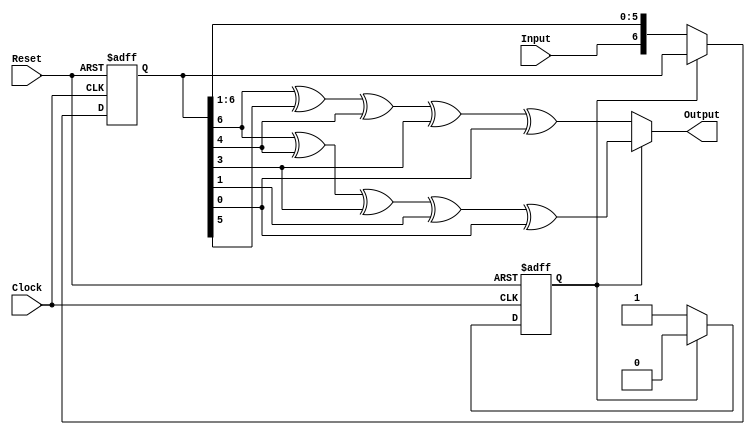
module encoder(Input, Reset, Clock, Output);

    input wire Input;
    input wire Reset;
    input wire Clock;
    output wire Output;

    parameter INITIAL_STATE = 7'b0000000;

    reg [1:7] x;
    reg is_odd;

    always @(posedge Clock, posedge Reset)
    begin
        if (Reset)
        begin
           x <= INITIAL_STATE;
           is_odd <= 1'b0; 
        end
        else
        begin
            if (is_odd)
                is_odd <= 1'b0;
            else
            begin
                x <= {{Input}, {x[1:6]}};
                is_odd <= 1'b1; 
            end
        end
    end

    assign Output = is_odd ?
                    x[1] ^ x[3] ^ x[4] ^ x[6] ^ x[7] :
                    x[1] ^ x[2] ^ x[3] ^ x[4] ^ x[7] ;
endmodule